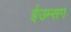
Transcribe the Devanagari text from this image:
ईउम्सग